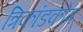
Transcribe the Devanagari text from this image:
त्रिकांडकोष